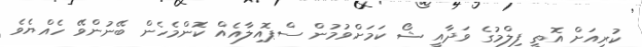
ކުރިއަށް އޮތީ ފިލްމުގެ ވަދާއީ ޝޯ ކަމަށްވުމުން ސްޕޮއިލާއެއް ކޮންމެހެން ބޭނުންވޭ ހެއްޔެވެ